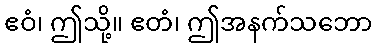
ဧဝံ၊ ဤသို့။ ဧတံ၊ ဤအနက်သဘော